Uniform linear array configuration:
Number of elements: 4
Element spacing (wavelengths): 0.75
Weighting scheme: kaiser
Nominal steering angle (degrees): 30
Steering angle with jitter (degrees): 30.652
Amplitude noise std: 0.05
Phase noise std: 0.05

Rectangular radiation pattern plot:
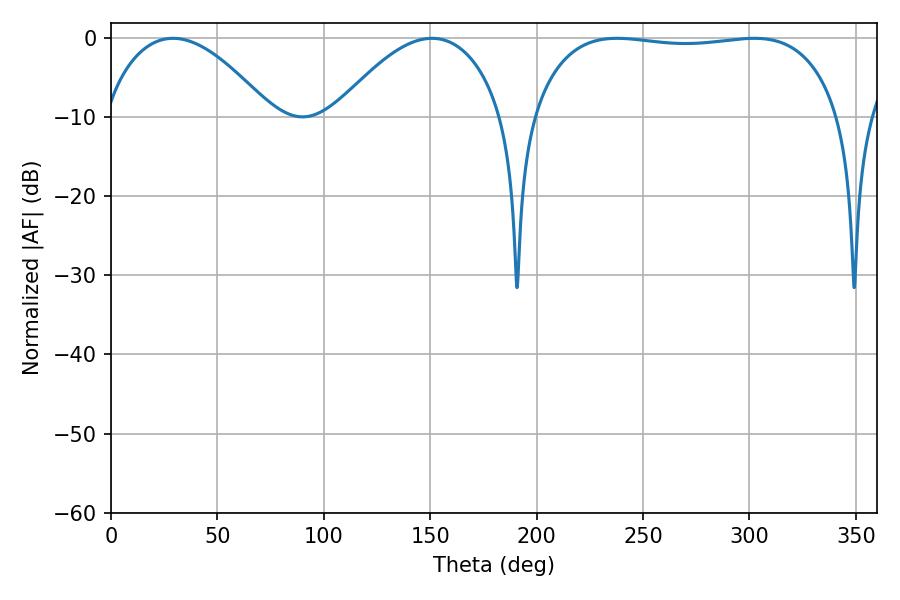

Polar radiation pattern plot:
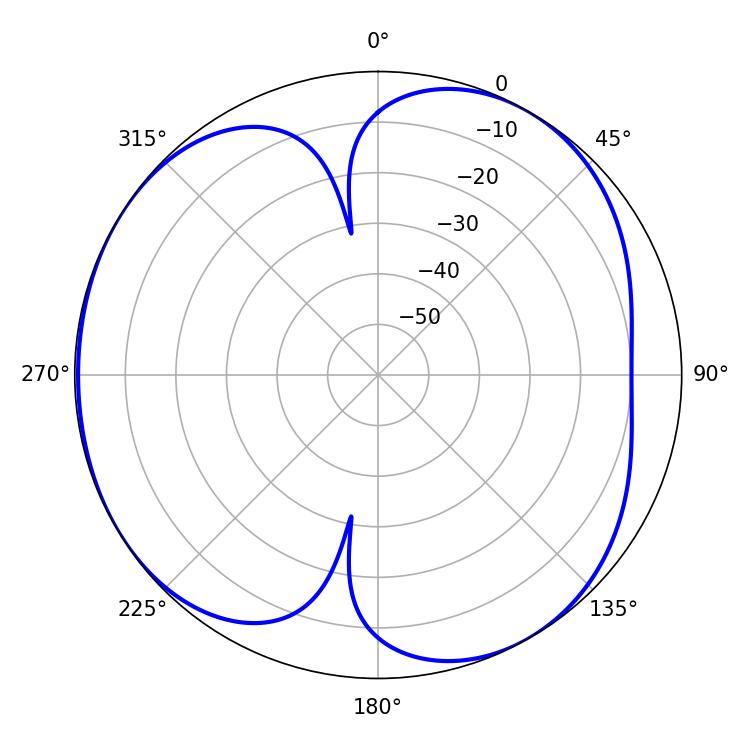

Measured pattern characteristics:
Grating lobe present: TRUE
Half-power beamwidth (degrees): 43.56
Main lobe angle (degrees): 29.16